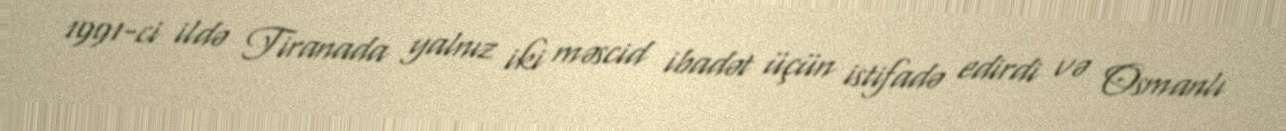
1991-ci ildə Tiranada yalnız iki məscid ibadət üçün istifadə edirdi və Osmanlı